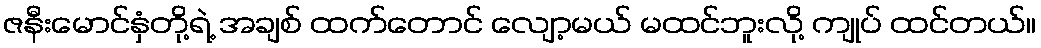
ဇနီးမောင်နှံတို့ရဲ့ အချစ် ထက်တောင် လျော့မယ် မထင်ဘူးလို့ ကျုပ် ထင်တယ်။